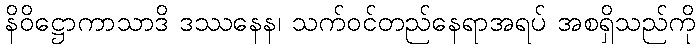
နိဝိဋ္ဌောကာသာဒိ ဒဿနေန၊ သက်ဝင်တည်နေရာအရပ် အစရှိသည်ကို